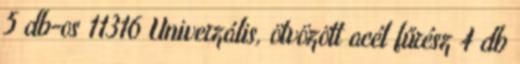
5 db-os 11316 Univerzális, ötvözött acél fűrész 4 db